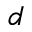
d